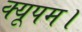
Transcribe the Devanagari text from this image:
क्यूपम।